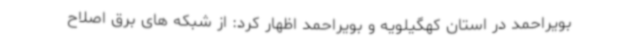
بویراحمد در استان کهگیلویه و بویراحمد اظهار کرد: از شبکه های برق اصلاح